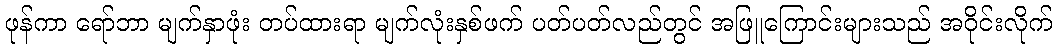
ဖုန်ကာ ရော်ဘာ မျက်နှာဖုံး တပ်ထားရာ မျက်လုံးနှစ်ဖက် ပတ်ပတ်လည်တွင် အဖြူကြောင်းများသည် အဝိုင်းလိုက်